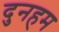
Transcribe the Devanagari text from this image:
दुनहम